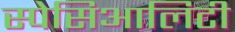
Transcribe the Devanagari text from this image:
स्पेसिआलिटी